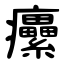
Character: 癳